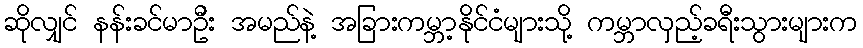
ဆိုလျှင် နန်းခင်မာဦး အမည်နဲ့ အခြားကမ္ဘာ့နိုင်ငံများသို့ ကမ္ဘာလှည့်ခရီးသွားများက